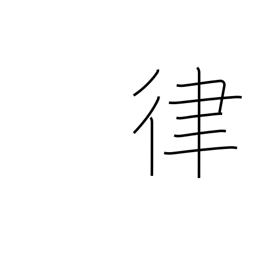
Meaning: gauge